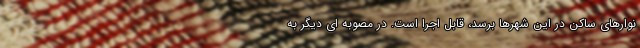
نوارهای ساکن در این شهرها برسد، قابل اجرا است. در مصوبه ای دیگر به